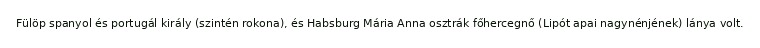
Fülöp spanyol és portugál király (szintén rokona), és Habsburg Mária Anna osztrák főhercegnő (Lipót apai nagynénjének) lánya volt.